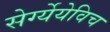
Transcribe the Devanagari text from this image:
सेर्ग्येयेविच